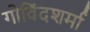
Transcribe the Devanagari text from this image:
गोविंदशर्मा